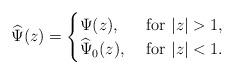
LaTeX: \begin{align*}\widehat\Psi(z)=\begin{cases}\Psi(z),&\mbox{ for $|z|>1$,}\\\widehat\Psi_0(z),&\mbox{ for $|z|<1$}.\end{cases}\end{align*}